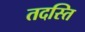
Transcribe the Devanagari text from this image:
तदस्ति